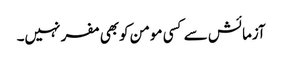
آزمائش سے کسی مومن کوبھی مفر نہیں۔